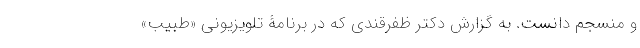
و منسجم دانست. به گزارش دکتر ظفرقندی که در برنامۀ تلویزیونی «طبیب»